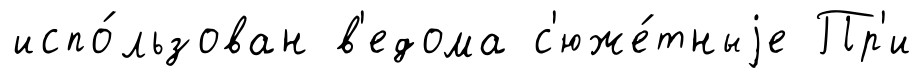
испо́льзован в'едома с'юже́тныjе Пр'и